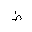
Letter: _da